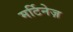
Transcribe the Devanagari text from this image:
मर्टिनेज़